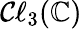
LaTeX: \mathcal{C}\ell_{3}(\mathbb{C})